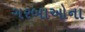
ગરબાઓના